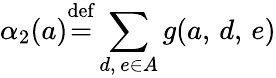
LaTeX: \alpha_{2}(a){\stackrel{\mathrm{def}}{=}}\displaystyle\sum_{d,\, e\in A}g(a,\, d,\, e)